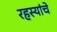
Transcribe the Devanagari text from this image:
रहस्यांचे